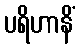
ပရိဟာနိံ